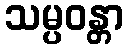
သမ္ပဝန္တာ